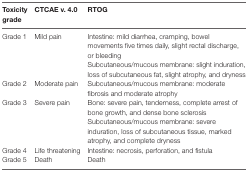
<table><thead><tr><td><b>Toxicity grade</b></td><td><b>CTCAE v. 4.0</b></td><td><b>RTOG</b></td></tr></thead><tbody><tr><td rowspan="2">Grade 1</td><td rowspan="2">Mild pain</td><td>Intestine: mild diarrhea, cramping, bowel movements five times daily, slight rectal discharge, or bleeding</td></tr><tr><td>Subcutaneous/mucous membrane: slight induration, loss of subcutaneous fat, slight atrophy, and dryness</td></tr><tr><td>Grade 2</td><td>Moderate pain</td><td>Subcutaneous/mucous membrane: moderate fibrosis and moderate atrophy</td></tr><tr><td rowspan="2">Grade 3</td><td rowspan="2">Severe pain</td><td>Bone: severe pain, tenderness, complete arrest of bone growth, and dense bone sclerosis</td></tr><tr><td>Subcutaneous/mucous membrane: severe induration, loss of subcutaneous tissue, marked atrophy, and complete dryness</td></tr><tr><td>Grade 4</td><td>Life threatening</td><td>Intestine: necrosis, perforation, and fistula</td></tr><tr><td>Grade 5</td><td>Death</td><td>Death</td></tr></tbody></table>